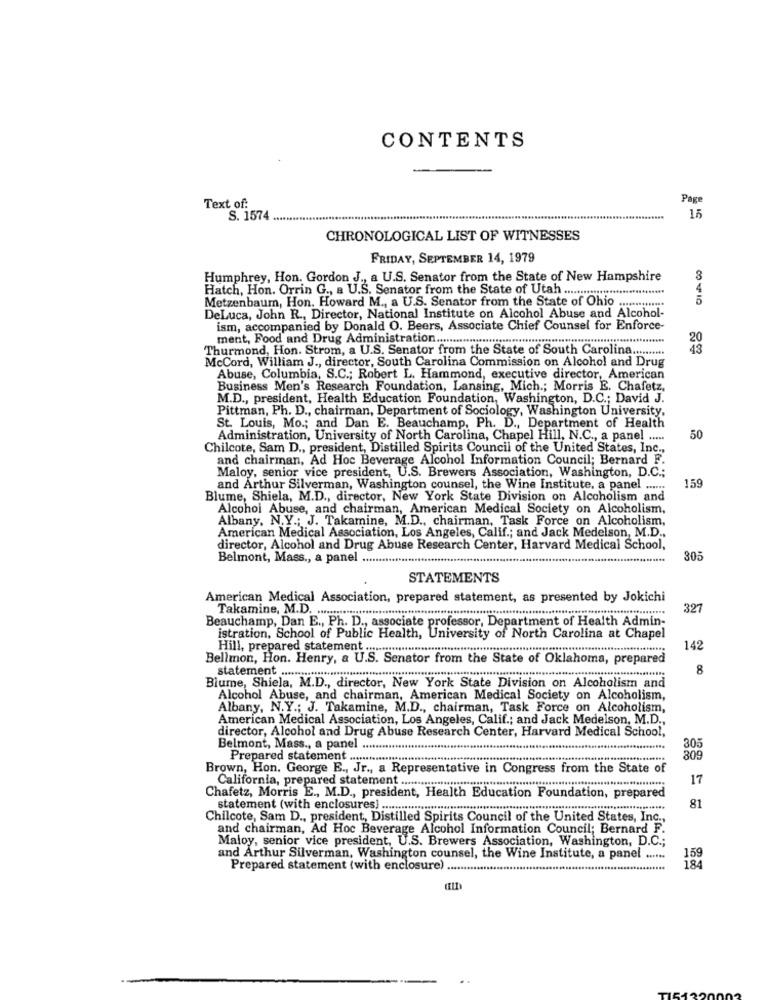
CONTENTS
Page
Text of:
S. 1574
15
CHRONOLOGICAL LIST OF WITNESSES
FRIDAY, SEPTEMBER 14, 1979
Humphrey, Hon. Gordon J ., a U.S. Senator from the State of New Hampshire
3
Hatch, Hon. Orrin G ., a U.S. Senator from the State of Utah ...............................
Metzenbaum, Hon. Howard M ., a U.S. Senator from the State of Ohio ..............
5
DeLuca, John R ., Director, National Institute on Alcohol Abuse and Alcohol-
ism, accompanied by Donald O. Beers, Associate Chief Counsel for Enforce-
ment, Food and Drug Administration .........................................................................
Thurmond, Hon. Strom, a U.S. Senator from the State of South Carolina ..........
McCord, William J ., director, South Carolina Commission on Alcohol and Drug
Abuse, Columbia, S.C .; Robert L. Hammond, executive director, American
Business Men's Research Foundation, Lansing, Mich .; Morris E. Chafetz,
M.D ., president, Health Education Foundation, Washington, D.C .; David J.
Pittman, Ph. D ., chairman, Department of Sociology, Washington University,
St. Louis, Mo .; and Dan E. Beauchamp, Ph. D ., Department of Health
Administration, University of North Carolina, Chapel Hill, N.C ., a panel .....
50
Chilcote, Sam D ., president, Distilled Spirits Council of the United States, Inc .,
and chairman, Ad Hoc Beverage Alcohol Information Council; Bernard F.
Maloy, senior vice president, U.S. Brewers Association, Washington, D.C .;
and Arthur Silverman, Washington counsel, the Wine Institute, a panel ......
159
Blume, Shiela, M.D ., director, New York State Division on Alcoholism and
Alcohol Abuse, and chairman, American Medical Society on Alcoholism,
Albany, N.Y .; J. Takamine, M.D ., chairman, Task Force on Alcoholism,
American Medical Association, Los Angeles, Calif .; and Jack Medelson, M.D .,
director, Alcohol and Drug Abuse Research Center, Harvard Medical School,
Belmont, Mass ., a panel ................................................................................................................
305
STATEMENTS
American Medical Association, prepared statement, as presented by Jokichi
327
Beauchamp, Dan E ., Ph. D ., associate professor, Department of Health Admin-
istration, School of Public Health, University of North Carolina at Chapel
Hill, prepared statement
142
Bellmon, Hon. Henry, a U.S. Senator from the State of Oklahoma, prepared
statement
8
Blume, Shiela, M.D ., director, New York State Division on Alcoholism and
Alcohol Abuse, and chairman, American Medical Society on Alcoholism,
Albany, N.Y .; J. Takamine, M.D ., chairman, Task Force on Alcoholism,
American Medical Association, Los Angeles, Calif .; and Jack Medelson, M.D .,
director, Alcohol and Drug Abuse Research Center, Harvard Medical School,
Belmont, Mass ., a panel .........
305
Prepared statement .................
309
Brown, Hon. George E ., Jr ., a Representative in Congress from the State of
California, prepared statement ....
17
Chafetz, Morris E ., M.D ., president, Health Education Foundation, prepared
81
statement (with enclosures)
.....
Chilcote, Sam D ., president, Distilled Spirits Council of the United States, Inc .,
and chairman, Ad Hoc Beverage Alcohol Information Council; Bernard F.
Maloy, senior vice president, U.S. Brewers Association, Washington, D.C .;
159
and Arthur Silverman, Washington counsel, the Wine Institute, a panel ......
184
Prepared statement (with enclosure)